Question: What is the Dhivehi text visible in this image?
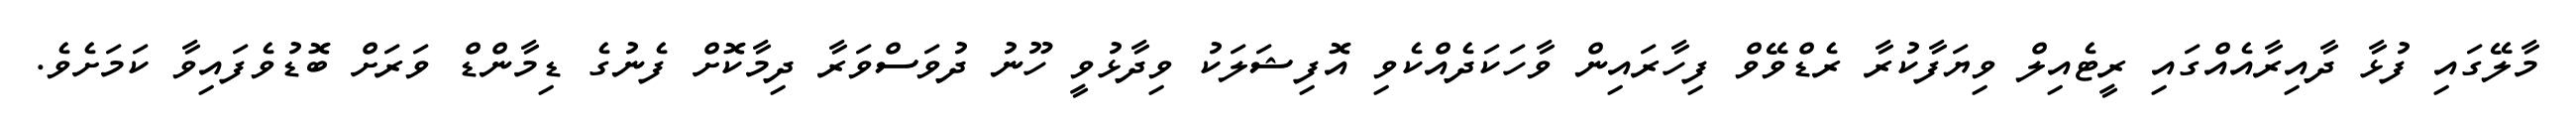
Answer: މާލޭގައި ފުޅާ ދާއިރާއެއްގައި ރީޓެއިލް ވިޔަފާކުރާ ރެޑްވޭވް ފިހާރައިން ވާހަކަދެއްކެވި އޮފިޝަލަކު ވިދާޅުވީ ހޫނު ދުވަސްވަރާ ދިމާކޮށް ފެނުގެ ޑިމާންޑް ވަރަށް ބޮޑުވެފައިވާ ކަމަށެވެ.